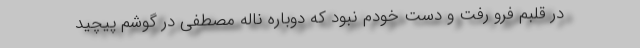
در قلبم فرو رفت و دست خودم نبود که دوباره ناله مصطفی در گوشم پیچید